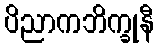
ပိညာကဘိက္ခုနီ